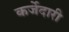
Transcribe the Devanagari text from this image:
कर्जेदारी